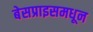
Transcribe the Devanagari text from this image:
बेसप्राइसमधून